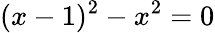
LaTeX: (x-1)^{2}-x^{2}=0